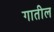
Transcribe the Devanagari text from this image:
गातील